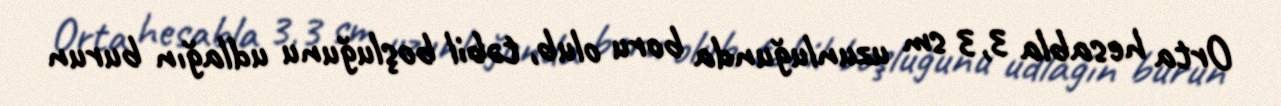
Orta hesabla 3,3 sm uzunluğunda boru olub, təbil boşluğunu udlağın burun